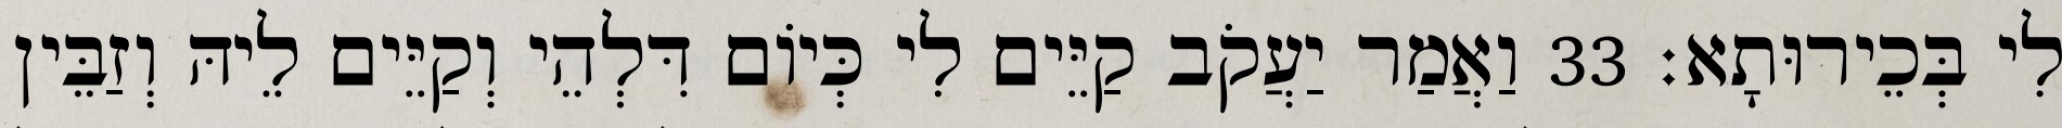
לִי בְּכֵירוּתָא׃ 33 וַאֲמַר יַעֲקֹב קַיֵּים לִי כְּיוֹם דִּלְהֵי וְקַיֵּים לֵיהּ וְזַבֵּין